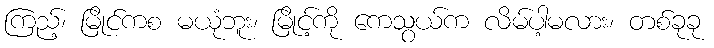
ကြည့်၊ မြိုင်ကစ မယုံဘူး၊ မြိုင့်ကို ကေသွယ်က လိမ်ပါ့မလား၊ တစ်ခုခု